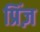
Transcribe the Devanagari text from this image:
प्रिंज़